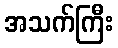
အသက်ကြီး